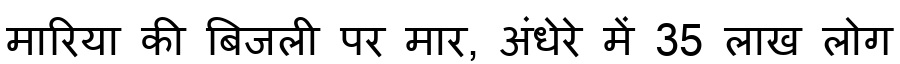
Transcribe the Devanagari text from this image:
मारिया की बिजली पर मार, अंधेरे में 35 लाख लोग